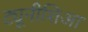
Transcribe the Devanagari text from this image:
ट्यूनीशिआ